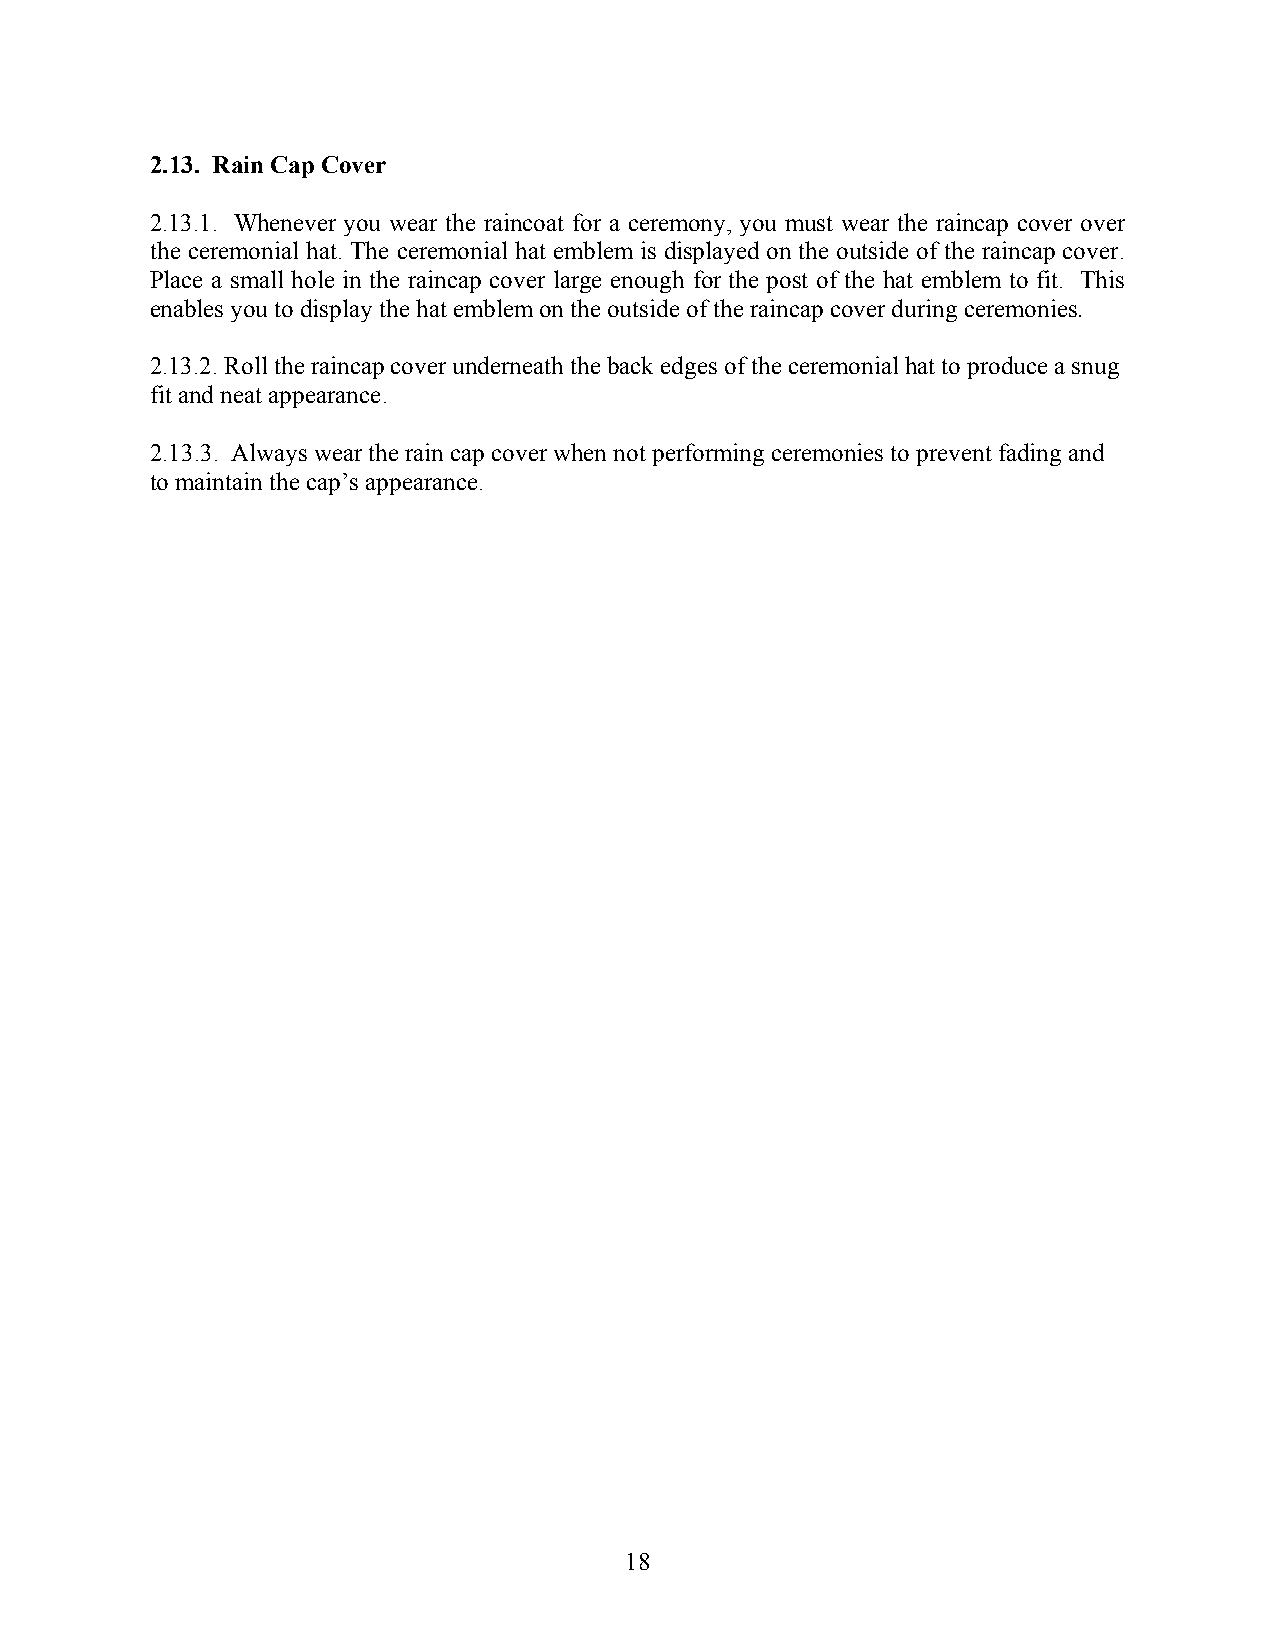
2.13. Rain Cap Cover
 2.13.1. Whenever you wear the raincoat for a ceremony, you must wear the raincap cover over
 the ceremonial hat. The ceremonial hat emblem is displayed on the outside of the raincap cover.
 Place a small hole in the raincap cover large enough for the post of the hat emblem to fit. This
 enables you to display the hat emblem on the outside of the raincap cover during ceremonies.
 2.13.2. Roll the raincap cover underneath the back edges of the ceremonial hat to produce a snug
 fit and neat appearance.
 2.13.3. Always wear the rain cap cover when not performing ceremonies to prevent fading and
 to maintain the cap’s appearance.
 18